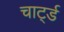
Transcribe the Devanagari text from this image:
चार्ट्ड